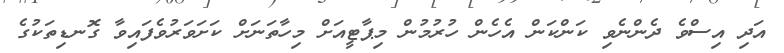
އަދި އިސްވެ ދެންނެވި ކަންކަން އެހެން ހުރުމުން މިޕާޓީއަށް މިހާތަނަށް ކަށަވަރުވެފައިވާ ގޮނޑިތަކުގެ